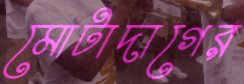
মোটাদাগের